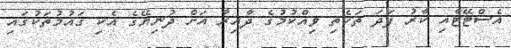
އެސްޓޭޓާއި ކާރު ފަދަ ތަކެތި ވިއްކުމުގެ ދާއިރާ އަށް ދުނިޔޭގެ އެކި ގައުމުތަކުގައި